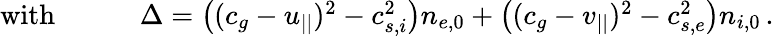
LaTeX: \begin{array}{rl}{\mathrm{with}\qquad}&{{}\Delta=\big((c_{g}-u_{||})^{2}-c_{s,i}^{2}\big)n_{e,0}+\big((c_{g}-v_{||})^{2}-c_{s,e}^{2}\big)n_{i,0}\, .}\end{array}